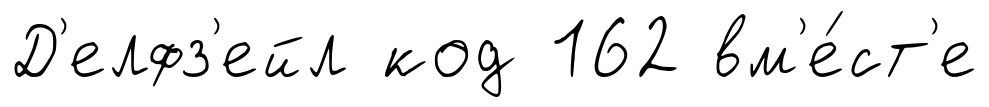
Д'елфз'ейл код 162 вм'е́ст'е